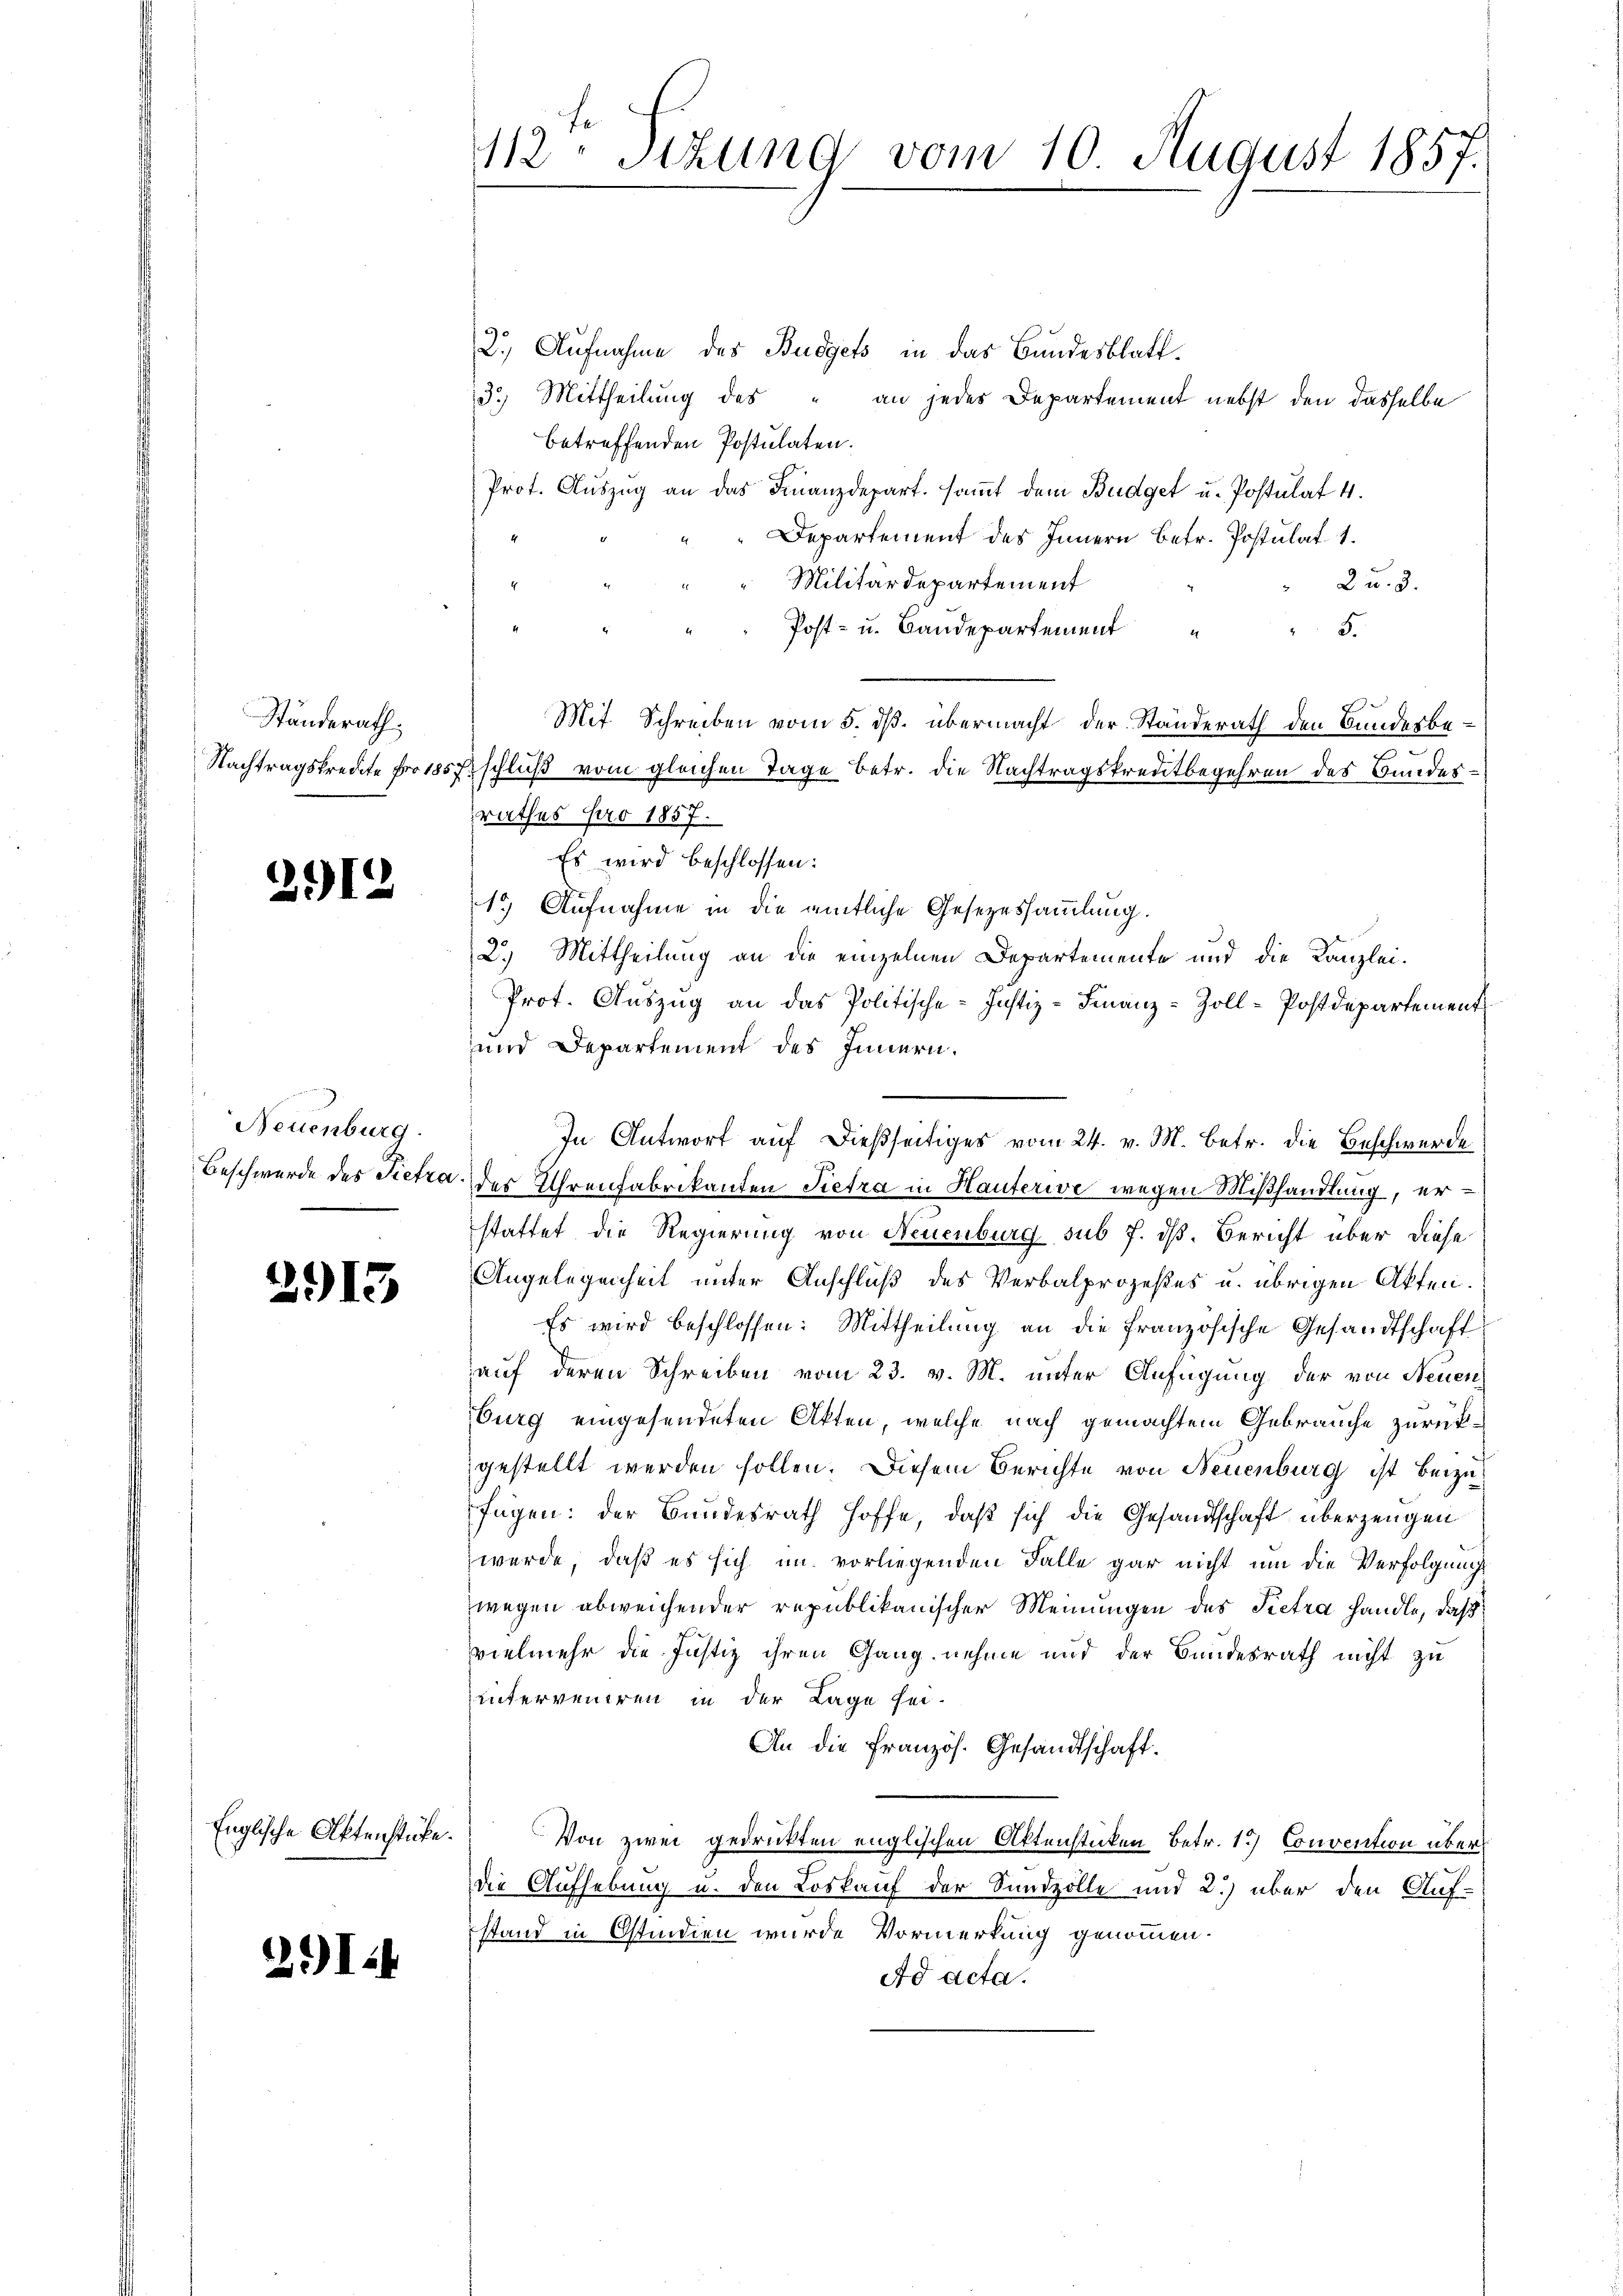
Ständerath,
Nachtragskredite pro 185

2.12

Neuenburg.

2913

Englische Aktenstücke.
.

2.I.4

112. Sizung vom 10. August 1857.

2.) Aufnahme des Budgets in das Bundesblatt¬
133) Mittheilung des " an jedes Departement nebst den dasselbe
betreffenden Postulaten.
Prot. Aŭszŭg an das Finanzdepart. saṁt dem Budget u. Postulat 4.
4
Departement des Innern betr. Postulat 1
Militärdepartement
2 u. 3.
4.
Post- u. Bandepartement
5.
1
Mit Schreiben vom 5. ds. übermacht der Standerath den Bundesbe¬
Beschluß vom gleichen Tage betr. die Nachtragskreitbegehren des Bundesrathes pro 1857.
Es wird beschlossen:
1.) Aufnahme in die amtliche Gesezessammlung.
2.) Mittheilung an die einzelnen Departemente und die Kanzlei-
Prot. Auszug an das Politische Justiz-Finanz-Zoll-Postdepartement
und Departement des Innern.
In Antwort auf dießseitiges vom 24. v. M. betr. die Beschwerde
Beschwerde des Sictra der Ihrenfabrikanten Pietra in Hauterie wegen Mißhandlung, erstattet die Regierung von Neuenburg sub 7. dß. Bericht über diese
Angelegenheit unter Anschluß des Verbalprozeßes u. übrigen Akten.
Es wird beschlossen: Mittheilung an die französische Gesandtschaft
auf deren Schreiben vom 23. v. M. unter Anfügung der von Neuen
burg eingesendeten Akten, welche nach gemachtem Gebrauche zurückgestellt werden sollen. Diesem Berichte von Neuenburg ist beizufügen: der Bundesrath Hoffe, daß sich die Gesandtschaft überzeugen
werde, daß es sich im vorliegenden Falle gar nicht um die Verfolgungs
wegen abweichender republikanischer Meinungen des Pietra handle, daß
vielmehr die Justiz ihren Gang nehme und der Bundesrath nicht zu
uunterveniren in der Lage sei-
An die französ. Gesandtschaft.
Von zwei gedruckten englischen Aktenstücken Betr. 1.) Convention über
die Aufhebung u. den Loskauf der Sundzolle und 2.) über den Auf-
stand in Ostindien wurde Vormerkung genommen.
Ad acta.